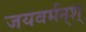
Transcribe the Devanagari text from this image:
जयवर्मन्‌श्